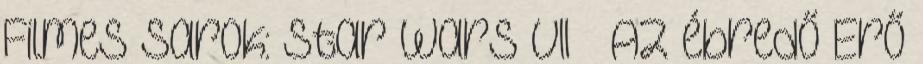
Filmes sarok: Star Wars VII – Az ébredő Erő